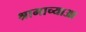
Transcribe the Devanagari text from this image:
श्रामाच्याआ